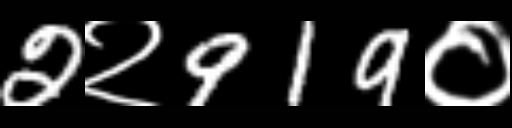
Text: 2२919०